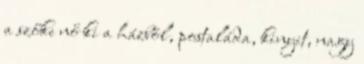
a szőke nő ki a házból, postaláda, kinyit, nagy